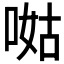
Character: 𠵎